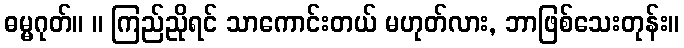
ဓမ္မဂုတ်။ ။ ကြည်ညိုရင် သာကောင်းတယ် မဟုတ်လား, ဘာဖြစ်သေးတုန်း။